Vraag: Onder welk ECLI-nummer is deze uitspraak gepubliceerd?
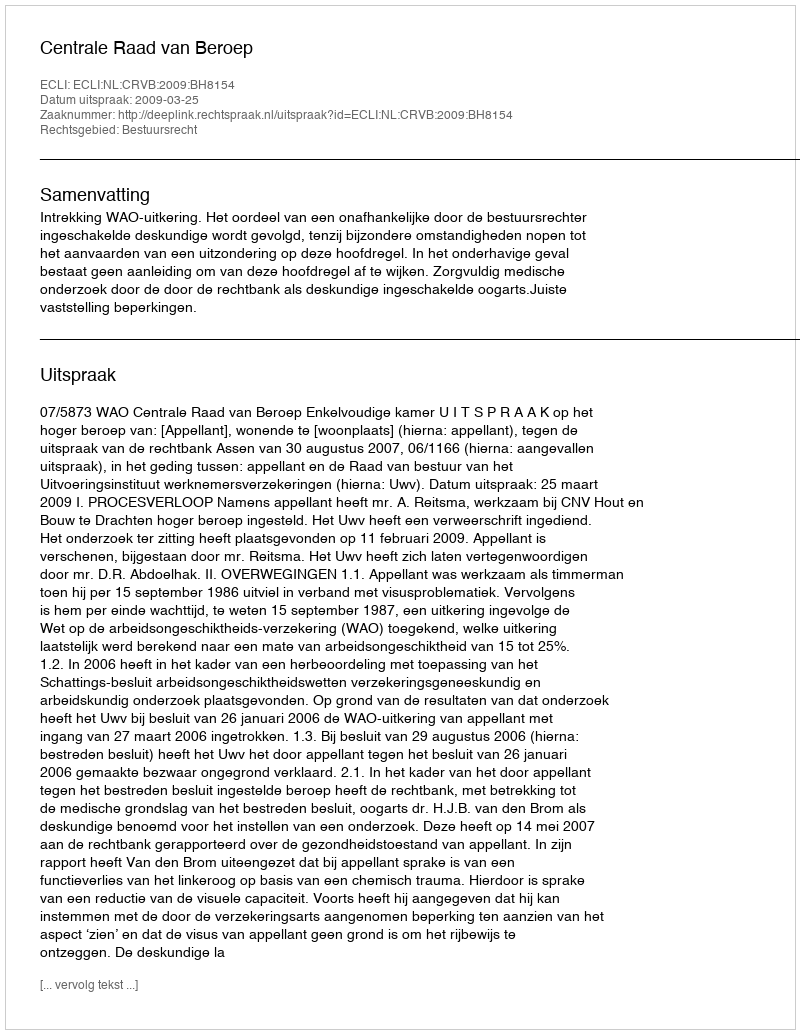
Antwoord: ECLI:NL:CRVB:2009:BH8154